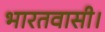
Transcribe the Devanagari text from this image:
भारतवासी।